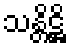
သန္တိဋ္ဌိ